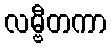
လမ္ဗီတကာ